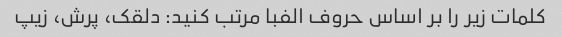
کلمات زیر را بر اساس حروف الفبا مرتب کنید: دلقک، پرش، زیپ